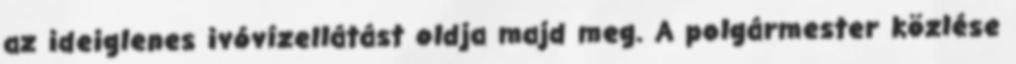
az ideiglenes ivóvízellátást oldja majd meg. A polgármester közlése